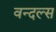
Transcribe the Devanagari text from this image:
वन्दल्स